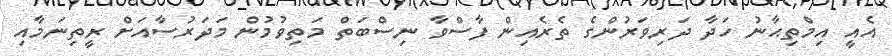
އެއީ އިމްތިޙާނު ހަދާ ދަރިވަރުންގެ ތެރެއިން ފާސްވާ ނިސްބަތް މަތިވުމުން މަދަރުސާއަށް ރީތިނަމާއި